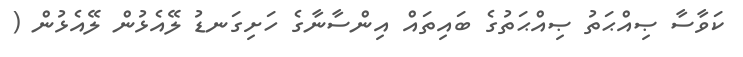
ކަވާސާ ޞިއްޙަތު ޞިއްޙަތުގެ ބައިތައް އިންސާނާގެ ހަށިގަނޑު ލޭއެޅުން ލޭއެޅުން (